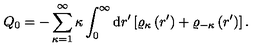
Q _ { 0 } = - \sum _ { \kappa = 1 } ^ { \infty } \kappa \int _ { 0 } ^ { \infty } \mathrm { d } r ^ { \prime } \left[ \varrho _ { \kappa } \left( r ^ { \prime } \right) + \varrho _ { - \kappa } \left( r ^ { \prime } \right) \right] .